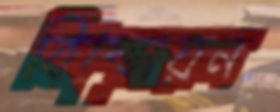
বিস্ফোরন